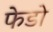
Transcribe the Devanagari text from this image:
फेडो